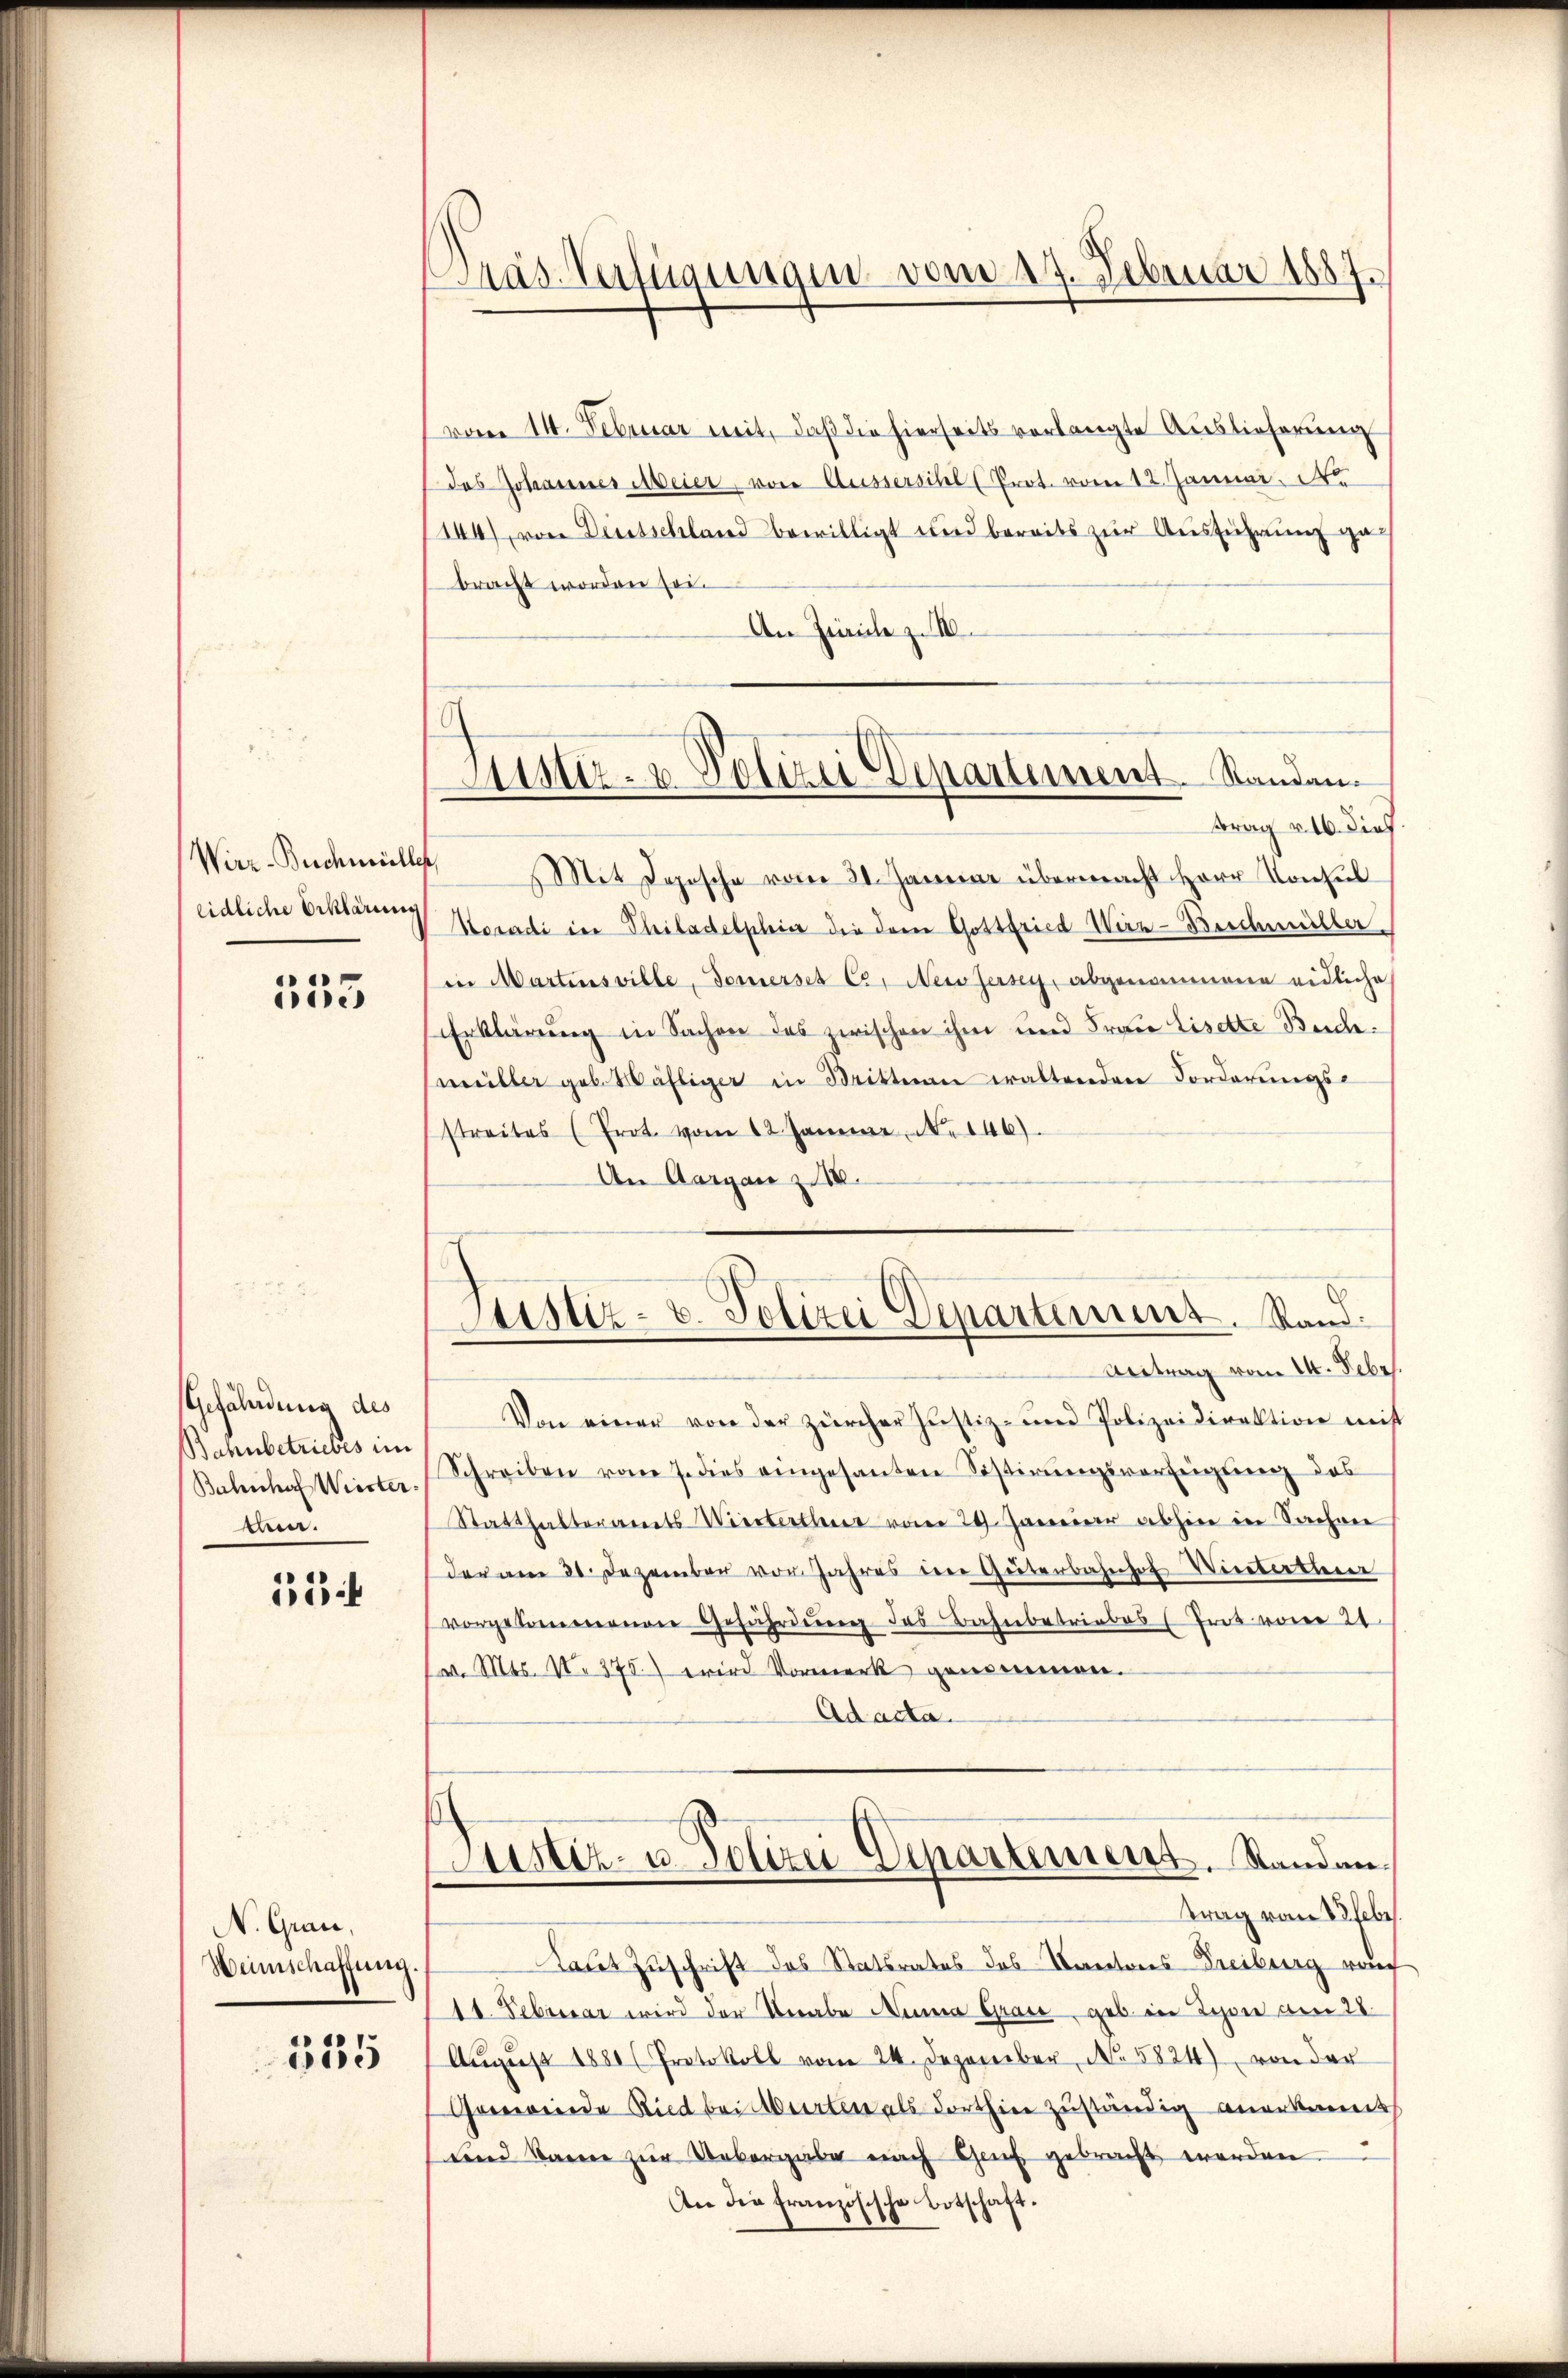
Wirz-Buchmülle
eidliche Erklärung

535

Gefährdung des
Bahnbetriebes im
Bahnhof Wiester-
ten.

53

N. Grau,
Weinschaffung.

515

s
Pas-Verfügungen vom 17. Februar 1887.

Antiz- & Polizei Departement. Standan¬

Justiz- u. Polizei Departement. Stand:

vom 11. Februar mit, daß die hierseits verlangte Auslieferung
das Johannes Meier, von Aussersihl (Prot. vom 12. Januar 1
144), von Deutschland bewilligt und bereits zur Ausführung ga
bracht worden sei.
An Zürich z. IV.
trag v. 16. dies
Mit Deposche vom 21. Januar übermacht Herr Konsul
Horadi in Philadelphi die dem Gottfried Wirz-Beschmüller
in Martinsville, Domerses C. Neissersey, abgenommene eidliche
Erklärung in Sachen des zwischen ihm und Frau Lisette Buchmüller geb. Wähliger in Dritten waltenden Forderungs-
streites (Prot. vom 12. Jänner No 146).
An Aargau Z III.
Antrag vom 14. Febr.
Von einer von der zürcher Justiz- und Polizeidirektion mit
Schreiben vom 7. dies eingesanten Sistirŭngsverfeigung des
Statthalteramts Wierterthur vom 29. Januar abhin in Sachene
der am 21. Dezember von Jahres der Güterbahnhof Winterther
vorgekommenen Gefährdung des Bahnbetriebes Trot vom 24
v. Mts. N. 375. wird Vormerk genommen.
Adacta.
Sistiz- u. Polizei Departement. Standantrag vom 28 febr.
Latet Zuschrift des Statsrates des Kantons-Freiburg nac
11. Februar wird der Verabe Nina Grau, geb. in Lyon am 28.
Aŭgŭst 1881 (Protokoll vom 24. Dezember, No. 5824), von der
Grewende Ried bei Abarten als dorthin zuständig anerkennt
tend Banne zur Uebergabe nach Genf gebracht werden
An die französische Botschaft.